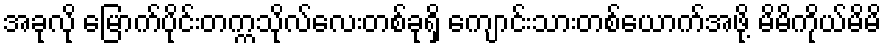
အခုလို မြောက်ပိုင်းတက္ကသိုလ်လေးတစ်ခုရှိ ကျောင်းသားတစ်ယောက်အဖို့ မိမိကိုယ်မိမိ